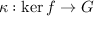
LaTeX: \kappa : \ker f \rightarrow G